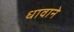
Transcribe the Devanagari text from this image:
धावाने